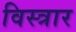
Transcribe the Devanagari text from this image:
विस्त्रार